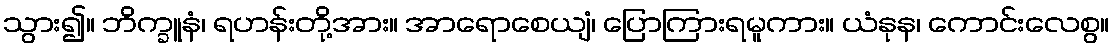
သွား၍။ ဘိက္ခူနံ၊ ရဟန်းတို့အား။ အာရောစေယျံ၊ ပြောကြားရမူကား။ ယံနုန၊ ကောင်းလေစွ။